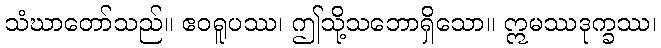
သံဃာတော်သည်။ ဧဝရူပဿ၊ ဤသို့သဘောရှိသော။ ဣမဿဒုက္ခဿ၊